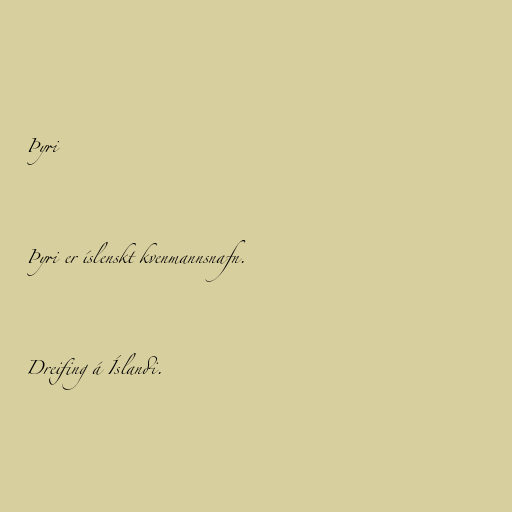
Þyri

Þyri er íslenskt kvenmannsnafn.

Dreifing á Íslandi.